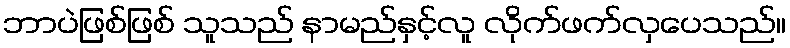
ဘာပဲဖြစ်ဖြစ် သူသည် နာမည်နှင့်လူ လိုက်ဖက်လှပေသည်။